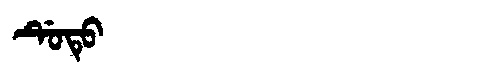
Manchu: ᡩᡠᡨᡠ
Romanization: DUTU